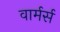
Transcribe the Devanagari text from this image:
वार्मर्स